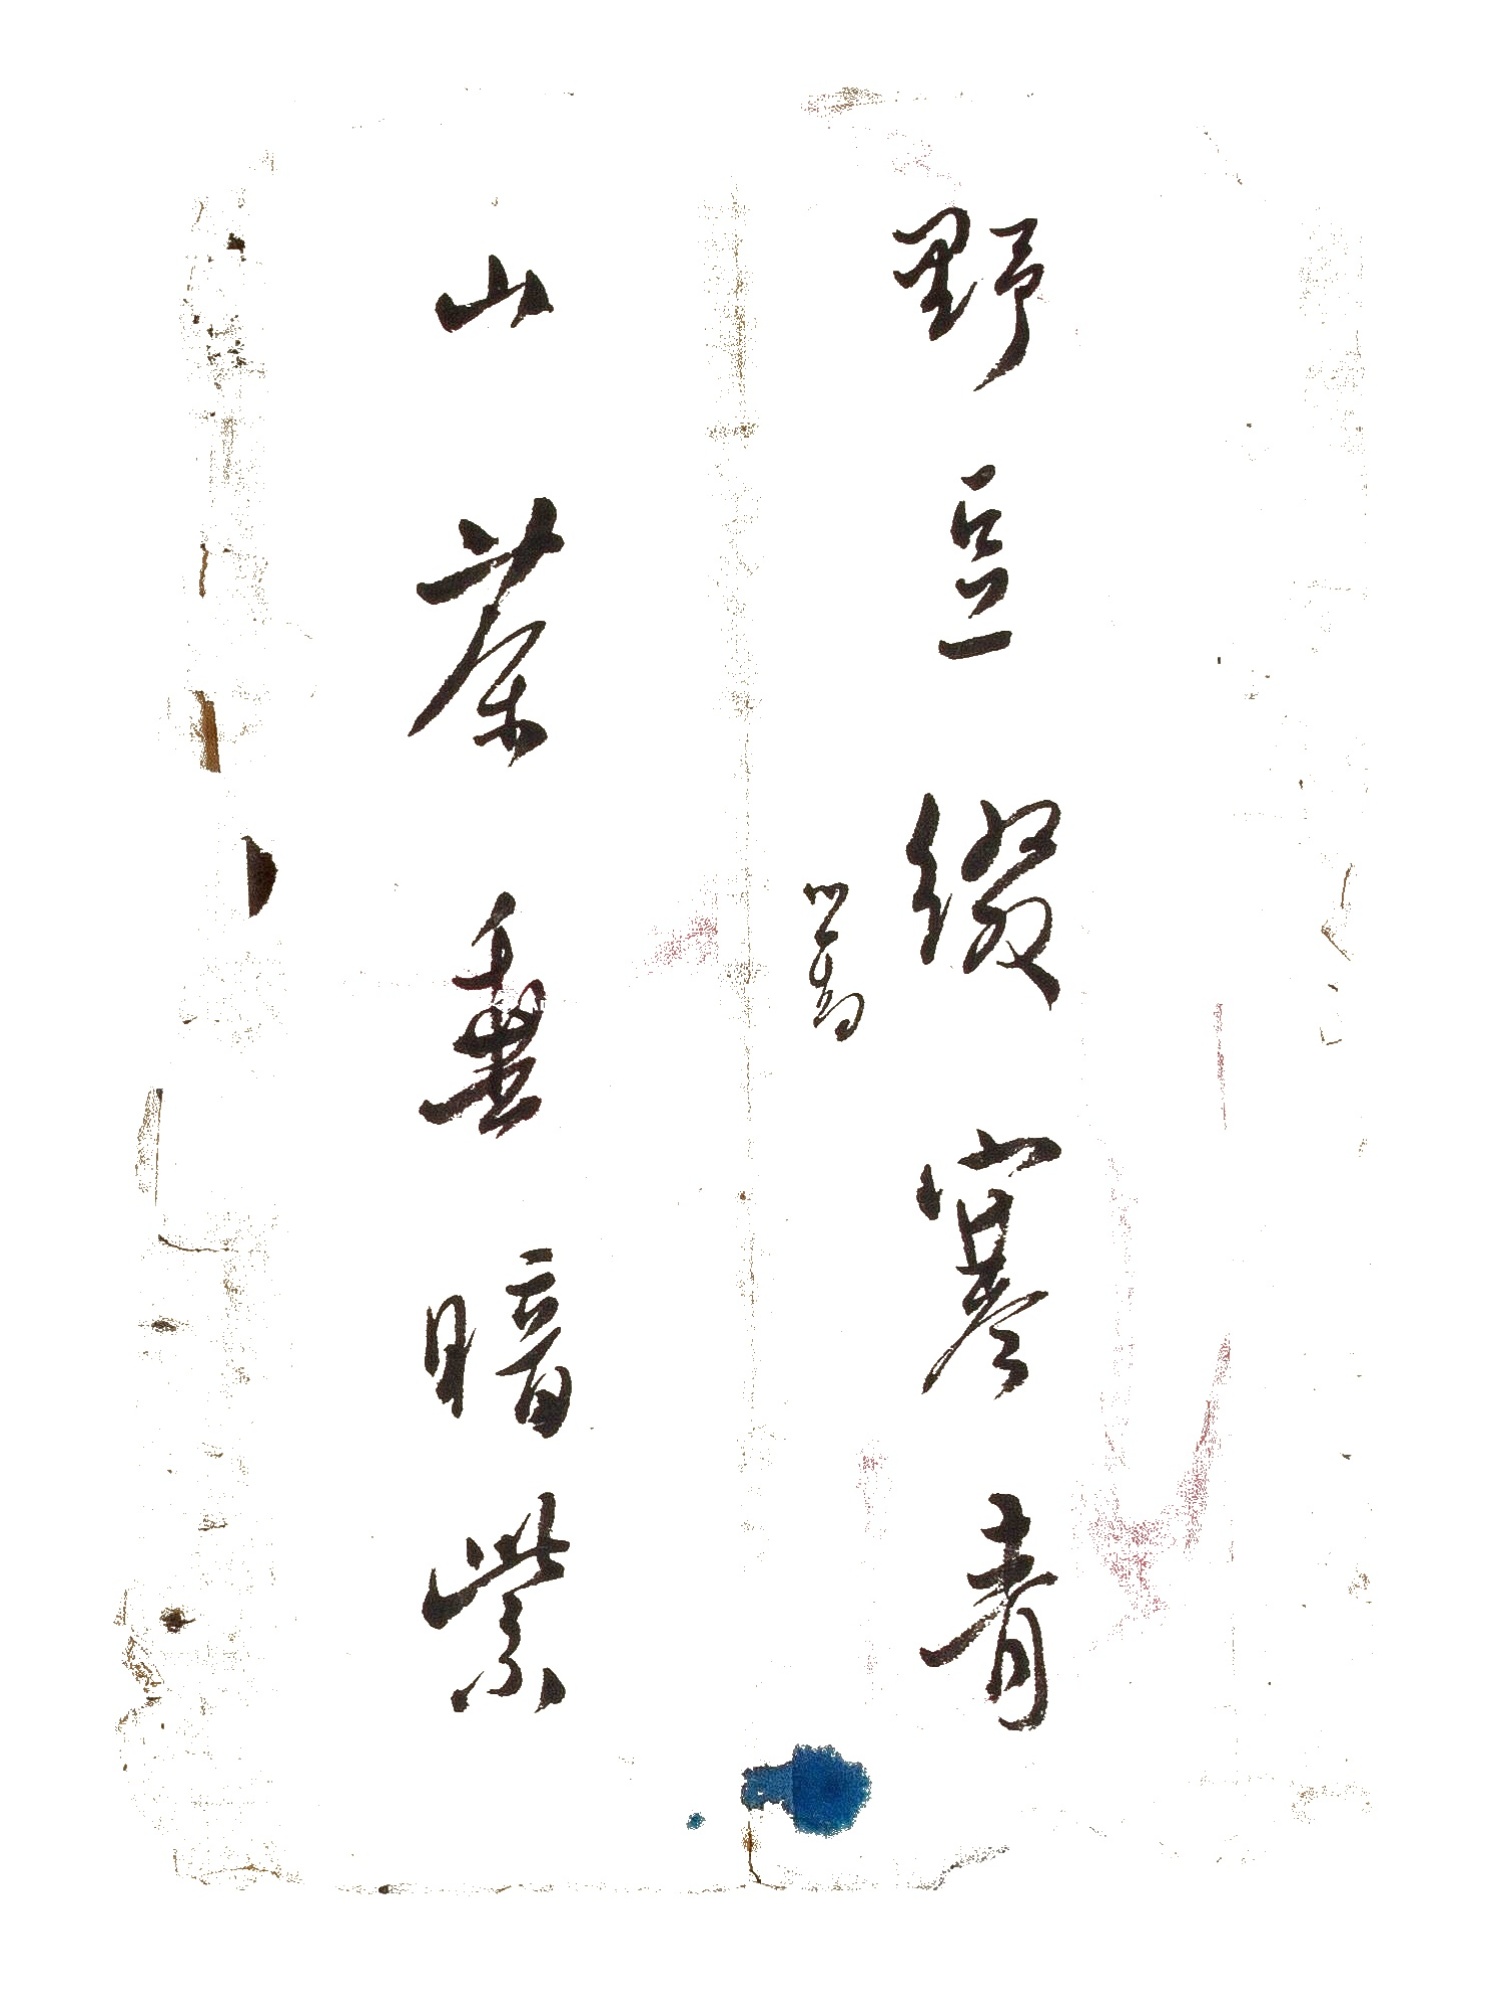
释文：山茶垂暗紫，野豆缀寒青。心畲。